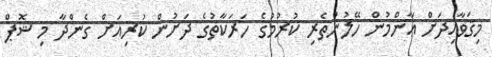
މިޤަވާއިދަށް ޢާންމުން ހޭލުންތެރި ކުރުމުގެ ހަރަކާތުގެ ދަށުން ކުރިއަށް ގެންދާ މި ޝޮޕް